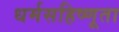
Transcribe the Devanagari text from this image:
धर्मसहिष्णूता